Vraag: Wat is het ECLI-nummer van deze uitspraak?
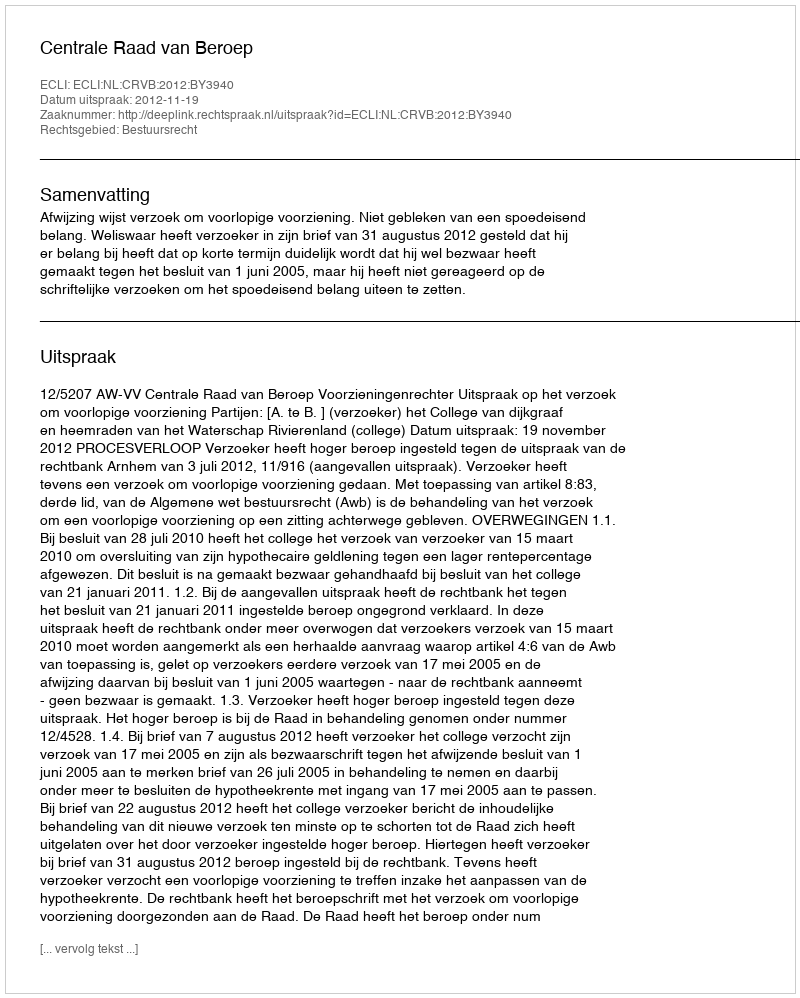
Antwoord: ECLI:NL:CRVB:2012:BY3940